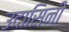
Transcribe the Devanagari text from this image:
उदासिनी